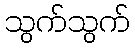
သွက်သွက်